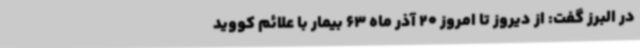
در البرز گفت: از دیروز تا امروز 20 آذر ماه 63 بیمار با علائم کووید